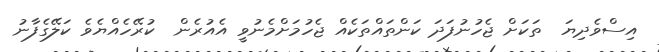
އިސްވެދިޔަ  ތަކަށް ޖެހުނުފަދަ ކަންތައްތަކެއް ޖެހުމަށްމެނުވީ އެއުރެން  ކުރޭހެއްޔެވެ ކަލޭގެފާނު